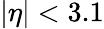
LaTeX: |\eta|<3.1